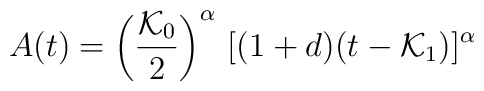
A(t) = \left(\frac{{\cal {K}}_0}{2}\right)^\alpha \,       [(1+d) (t-{\cal {K}}_1)]^\alpha